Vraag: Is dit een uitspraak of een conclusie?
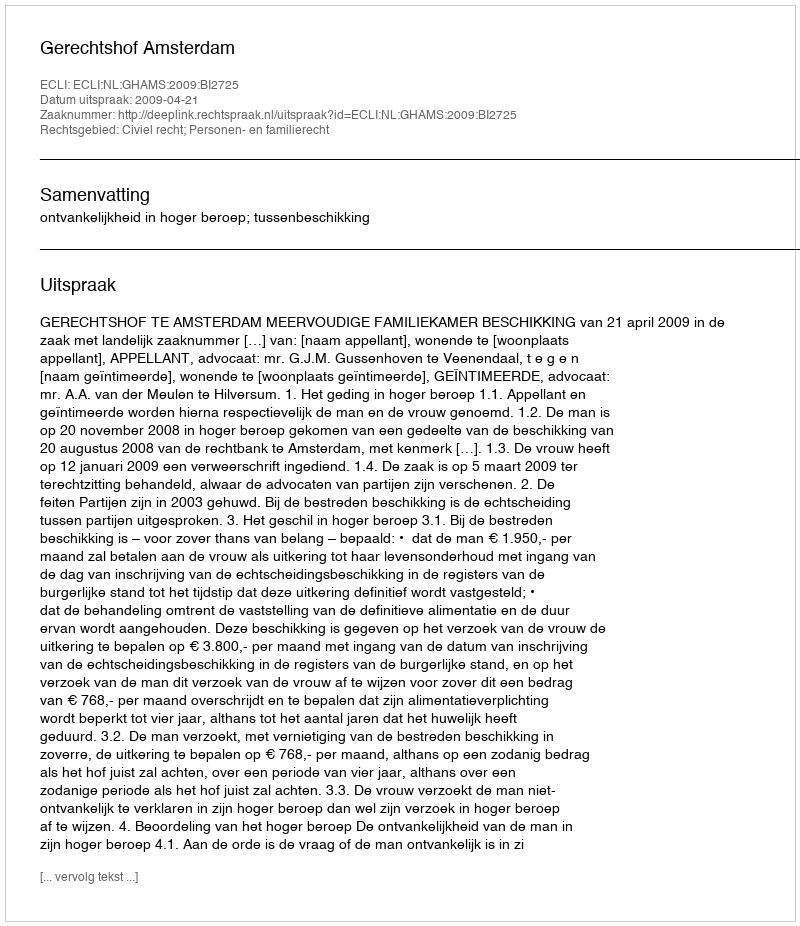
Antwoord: Uitspraak